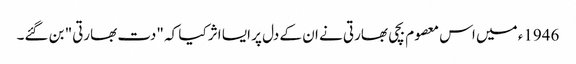
1946ء میں اس معصوم بچی بھارتی نے ان کے دل پر ایسا اثر کیا کہ "دت بھارتی" بن گئے۔